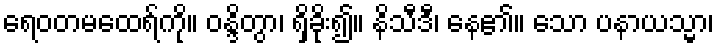
ရေဝတမထေရ်ကို။ ဝန္ဒိတွာ၊ ရှိခိုး၍။ နိသီဒီ၊ နေ၏။ သော ပနာယသ္မာ၊